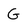
Character: G